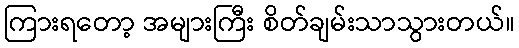
ကြားရတော့ အများကြီး စိတ်ချမ်းသာသွားတယ်။